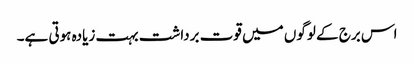
اس برج کے لوگوں میں قوت برداشت بہت زیادہ ہوتی ہے۔